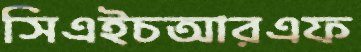
সিএইচআরএফ